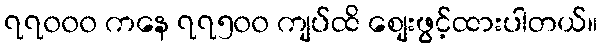
၇၇၀၀၀ ကနေ ၇၇၅၀၀ ကျပ်ထိ စျေးဖွင့်ထားပါတယ်။